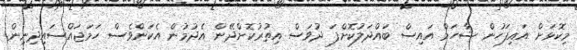
މިކޮޅަށް އައިފަހުން ޝާހަމް އައިސް ބައްދަލުކޮށްފަ ދުވަސް އިތުރުކޮށްދޭން އެދުމުން އެކަންވެސް ހަމަޖައްސައިދިނިން.